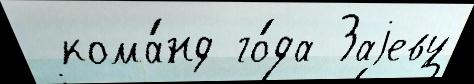
 кома́нд го́да Заjеву